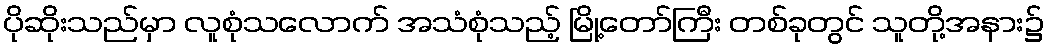
ပိုဆိုးသည်မှာ လူစုံသလောက် အသံစုံသည့် မြို့တော်ကြီး တစ်ခုတွင် သူတို့အနား၌